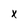
Character: X